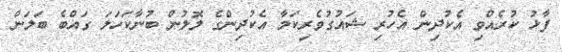
ފާޅު ކުރެއްވި އެކުދިން އެހުރި ޝައުގުވެރިކަމާ އެކުދިންގެ ލޮލުން ބުނާކަހަލަ ގައްބެ ބަލަން